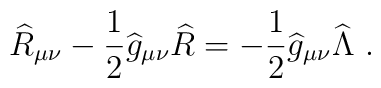
{\widehat R}_{\mu\nu}-{1\over 2}{\widehat g}_{\mu\nu} {\widehat R}=-{1\over 2}{\widehat g}_{\mu\nu}{\widehat\Lambda}~.